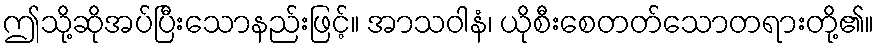
ဤသို့ဆိုအပ်ပြီးသောနည်းဖြင့်။ အာသဝါနံ၊ ယိုစီးစေတတ်သောတရားတို့၏။